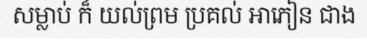
សម្លាប់ ក៏ យល់ព្រម ប្រគល់ អាភៀន ជាង